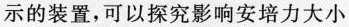
示的装置,可以探究影响安培力大小